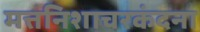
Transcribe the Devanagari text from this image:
मत्तनिशाचरकंदना